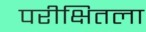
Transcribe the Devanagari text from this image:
परीक्षितला